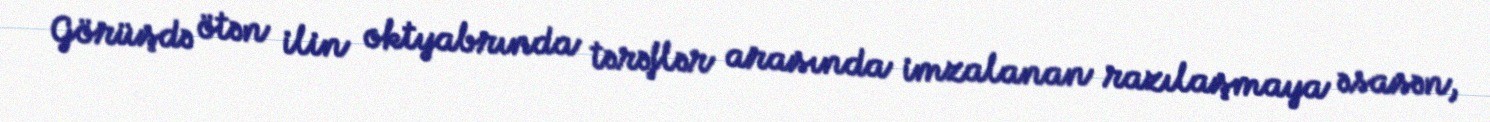
Görüşdə ötən ilin oktyabrında tərəflər arasında imzalanan razılaşmaya əsasən,